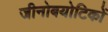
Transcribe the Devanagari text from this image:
जीनोबयोटिकों